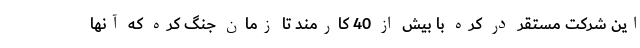
این شرکت مستقر در کره با بیش از 40 کارمند تا زمان جنگ کره که آنها